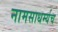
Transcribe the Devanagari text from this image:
नामसाधर्म्यच